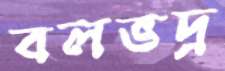
বলভদ্র